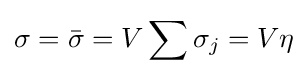
\sigma ={\bar {\sigma }}=V\sum \sigma _{j}=V\eta